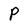
Character: p